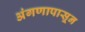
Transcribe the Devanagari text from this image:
अंगणापासून